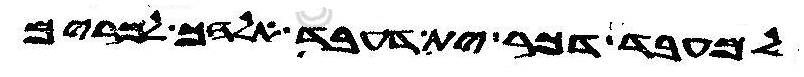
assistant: למעבד דכר ית דעבד יהוה אלהך למרים